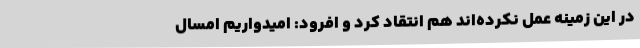
در این زمینه عمل نکرده‌اند هم انتقاد کرد و افرود: امیدواریم امسال